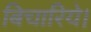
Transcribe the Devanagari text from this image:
बिचारिये।